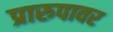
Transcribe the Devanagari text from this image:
प्रारुपावर